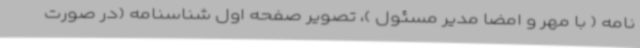
نامه ( با مهر و امضا مدیر مسئول )، تصویر صفحه اول شناسنامه (در صورت